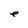
Character: e